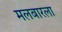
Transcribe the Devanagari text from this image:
मलबारला